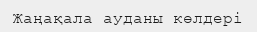
Жаңақала ауданы көлдері